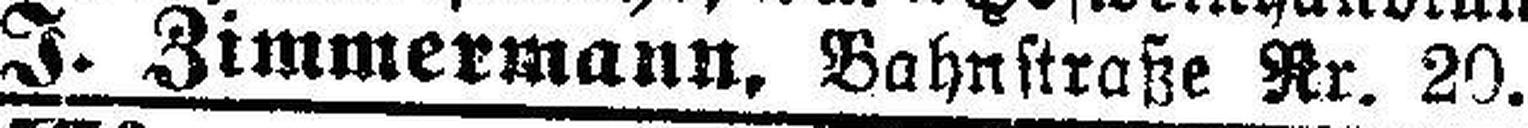
J. Zimmermann, Bahnstraße Nr. 20.